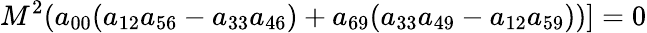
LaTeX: M^{2}(a_{00}(a_{12}a_{56}-a_{33}a_{46})+a_{69}(a_{33}a_{49}-a_{12}a_{59}))]=0